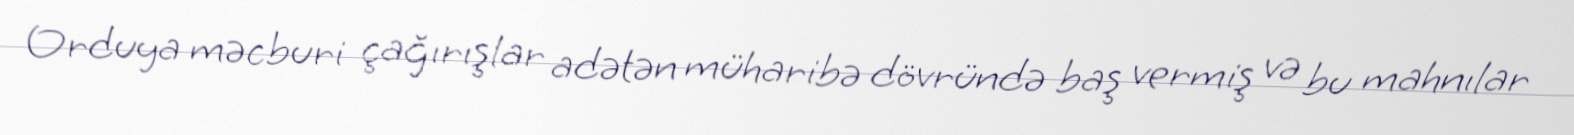
Orduya məcburi çağırışlar adətən müharibə dövründə baş vermiş və bu mahnılar